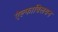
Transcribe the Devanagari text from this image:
ऐल्फाविलयन